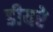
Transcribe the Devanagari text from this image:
डीयरे